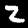
Label: 2